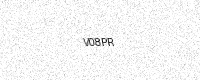
Text: V08PR